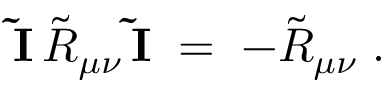
{ \mathbf { \tilde { I } } } \, { \tilde { R } } _ { \mu \nu } \, { \mathbf { \tilde { I } } } \; = \; - { \tilde { R } } _ { \mu \nu } \; .